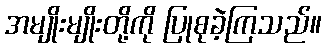
အမျိုးမျိုးတို့ကို ပြုစုခဲ့ကြသည်။